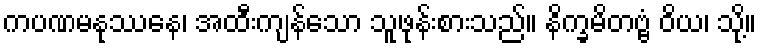
ကပဏမနုဿေန၊ အထီးကျန်သော သူဖုန်းစားသည်။ နိက္ခမိတဗ္ဗံ ဝိယ၊ သို့။